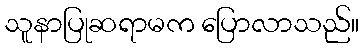
သူနာပြုဆရာမက ပြောလာသည်။